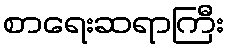
စာရေးဆရာကြီး